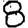
Digit: 8